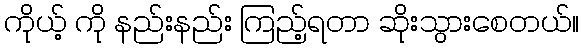
ကိုယ့် ကို နည်းနည်း ကြည့်ရတာ ဆိုးသွားစေတယ်။